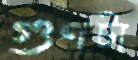
গুণটা